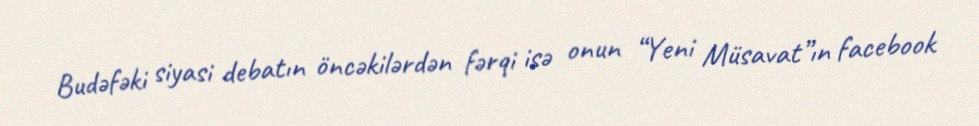
Budəfəki siyasi debatın öncəkilərdən fərqi isə onun “Yeni Müsavat”ın facebook